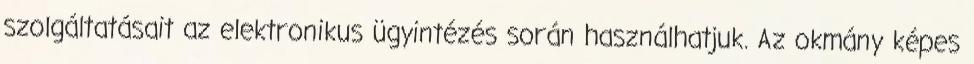
szolgáltatásait az elektronikus ügyintézés során használhatjuk. Az okmány képes